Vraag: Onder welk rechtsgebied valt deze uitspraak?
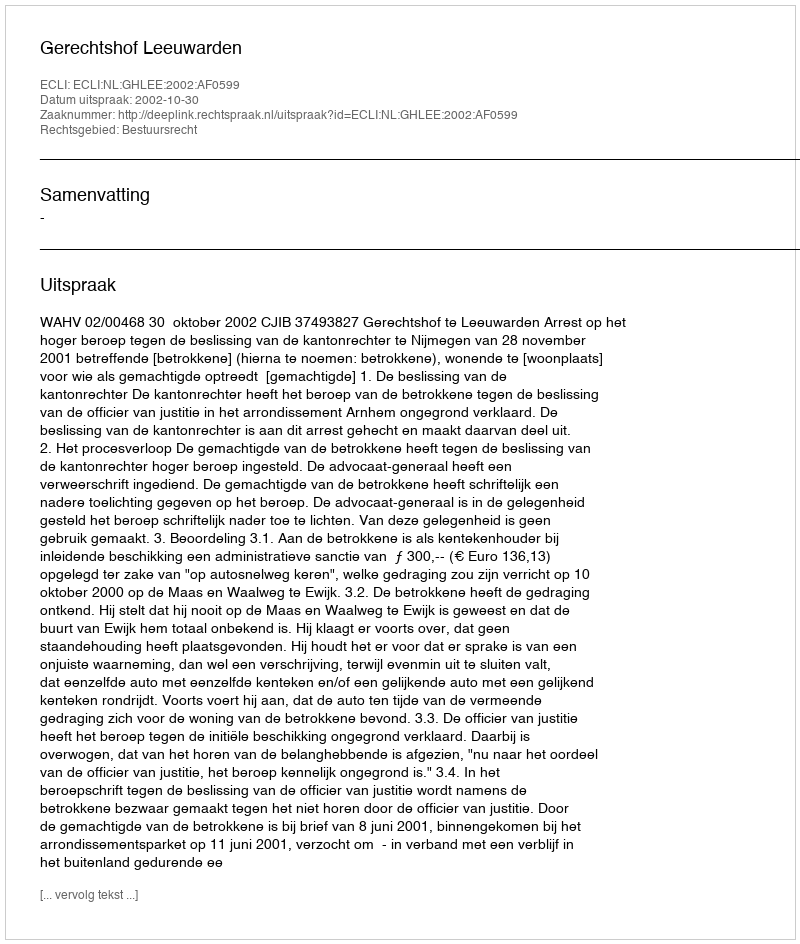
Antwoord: Bestuursrecht